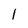
Character: l